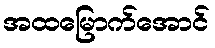
အထမြောက်အောင်